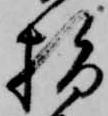
指